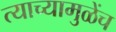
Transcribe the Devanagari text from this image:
त्याच्यामुळेंच